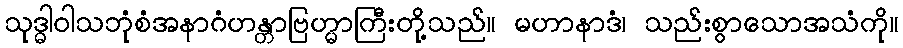
သုဒ္ဓါဝါသဘုံစံအနာဂံဟန္တာဗြဟ္မာကြီးတို့သည်။ မဟာနာဒံ၊ သည်းစွာသောအသံကို။